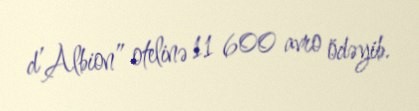
d’Albion” otelinə 11 600 avro ödəyib.